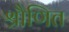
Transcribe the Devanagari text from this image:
श्रौणित